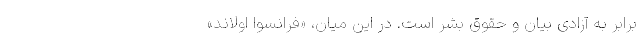
برابر به آزادی بیان و حقوق بشر است. در این میان، «فرانسوا اولاند»